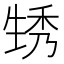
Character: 𤯪